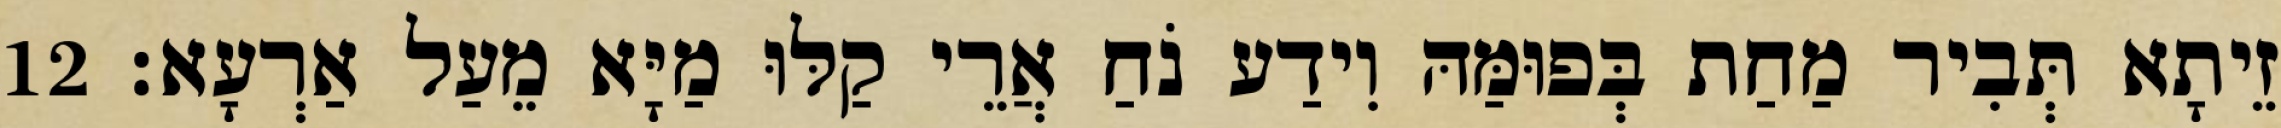
זֵיתָא תְּבִיר מַחַת בְּפוּמַּהּ וִידַע נֹחַ אֲרֵי קַלּוּ מַיָּא מֵעַל אַרְעָא׃ 12